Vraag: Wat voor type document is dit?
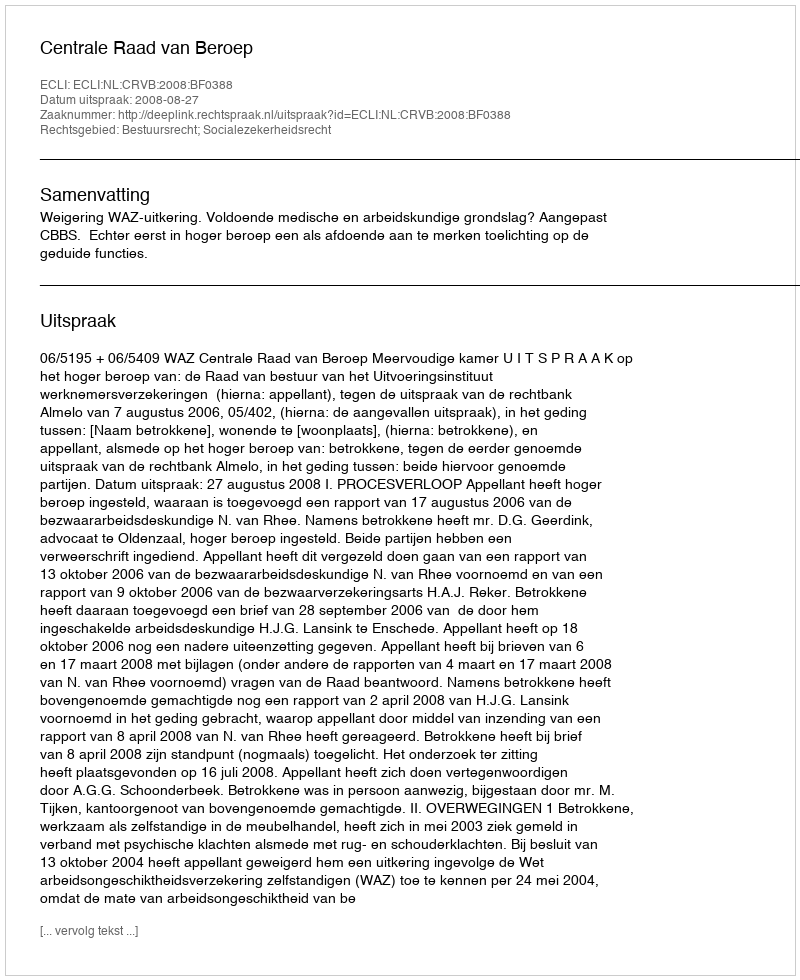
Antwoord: Uitspraak